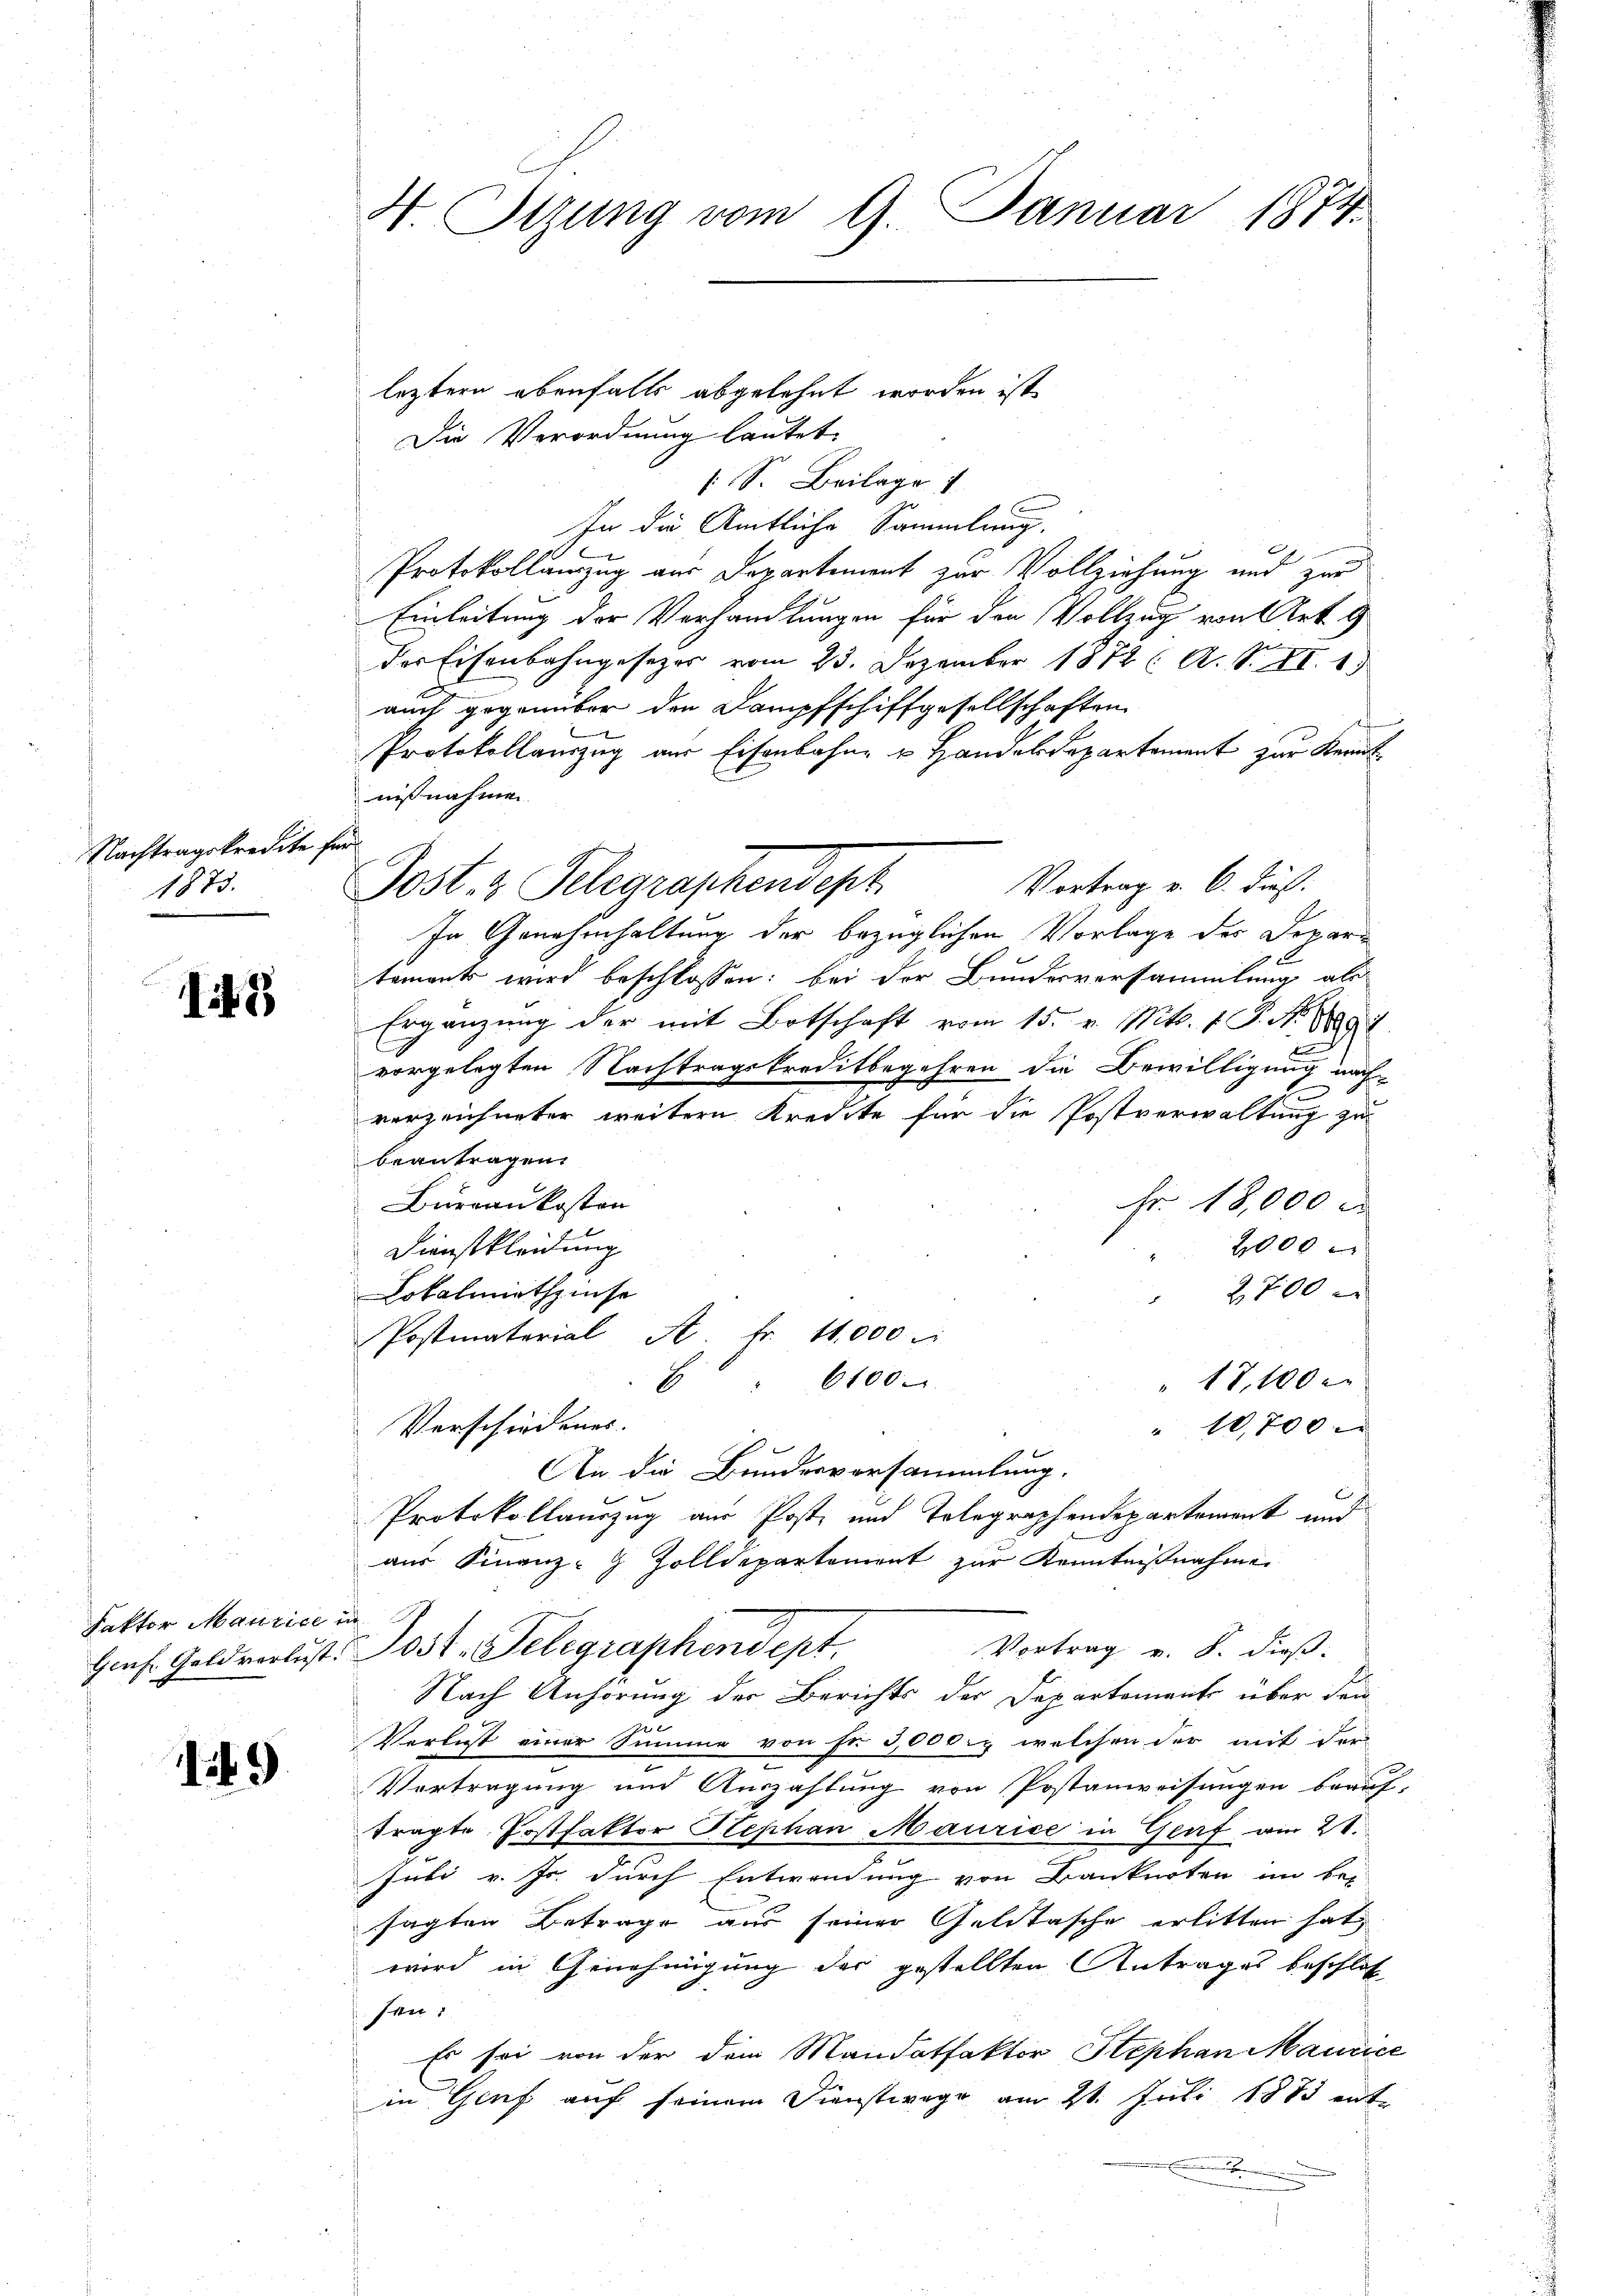
Nachtragskredite
1873.

142)

Fektor Maurice in

19

leztern ebenfalls abgelehnt worden ist
Die Verordnung lautet.
 S. Beilage 1
In die Amtliche Sammlung.
Protokollamzug aus Departement zur Vollziehung und zur
Einleitung der Verhandlungen für den Vollzug von Art. 9
der Eisenbahngesezer vom 23. Dezember 1872 ( A. S. XI. 1
auch gegenüber den Dampfschiffgesellschaften
.
Protokollauszug aus Eisenbahne u Handelsdepartement zur Kenntnißnahmen
d
In Genehmhaltung der bezüglichen Vorlage des Departements wird beschlossen: bei der Bundesversammlung als
Ergänzung der mit Botschaft vom 15. v. Mts. 1 S. N. 1891.
vorgelegten Nachtragskreditbegehren die Bewilligung nach
E
verzeichneter weitern Kredite für die Postverwaltung zu
beantragen
Bureaukosten
Fr. 18,000 d
2000
Dienstkleidung
Lokalmiethzinse
2700 x
Postmaterial A. Fr. 11,000
6100.
17, 10 x
8
Verschiedenes. |
" 10,700
An die Bundesversammlung.
Protokollauszug aus Post und Telegraphendepartement und
aus Finanz-G. Zolldepartement zur Kenntnißnahme
Vortrag v. S. dieß:
Hinf. Geldverlust. Post-Telegraphendept.
Nach Anhörung der Berichts der Departement über dem
Verlust einer Summe von fr 5,000. welchen der mit der
Vortragung und Auszahlung von Postanweisungen brauf,
tragte Postfaktor Stephan Maurice in Genf am 21.
Juli v. Js. durch Entwendung von Banknoten im bei
sagten Betrage aus seiner Geldtasche erlitten hat,
wird in Genehmigung der gestellten Antrages beschloß
sen,
Es sei von der dem Mandatfaktor Stephan Maurice
in Genf auf seinem Dienstwege am 21. Juli 1883 ent

4 Sizung vom 9. Januar 1874.

Post & Gelegraphendept

Vortrag v. 6. Fuß.